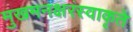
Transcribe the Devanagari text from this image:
मुखमनक्षरंस्वाकृते